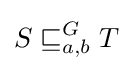
S\sqsubseteq _{a,b}^{G}T